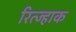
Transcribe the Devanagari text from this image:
रित्ज्हाक